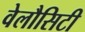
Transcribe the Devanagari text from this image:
वेलौसिटी